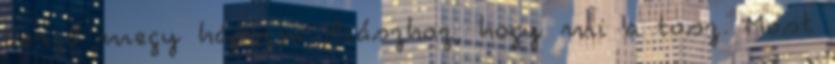
Gergő megy hápogni Iliászhoz, hogy mi a tosz. Most